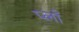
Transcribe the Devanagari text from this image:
प्लाँ